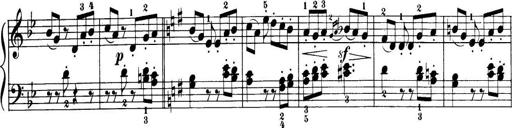
Title: 32 Sonatinas and Rondos for the Piano
Composer: Richard Kleinmichel